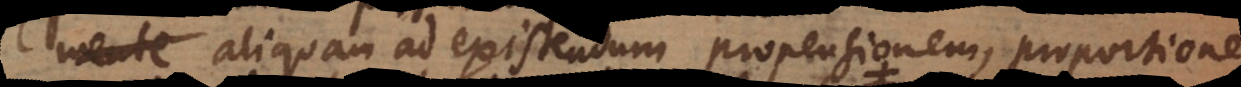
mente aliquam ad existendum propensionem, proportione